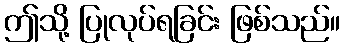
ဤသို့ ပြုလုပ်ရခြင်း ဖြစ်သည်။